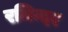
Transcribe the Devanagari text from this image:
रमिन्दर